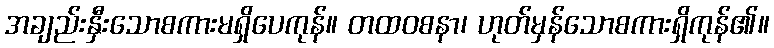
အချည်းနှီးသောစကားမရှိပေကုန်။ တထဝစနာ၊ ဟုတ်မှန်သောစကားရှိကုန်၏။